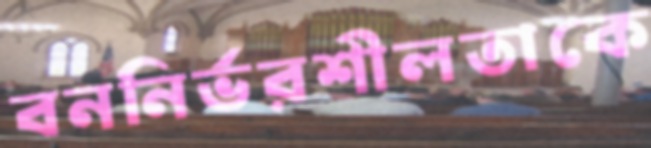
বননির্ভরশীলতাকে